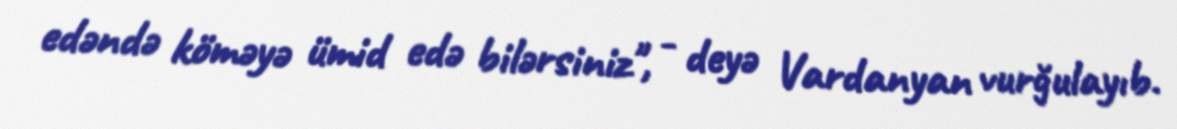
edəndə köməyə ümid edə bilərsiniz", - deyə Vardanyan vurğulayıb.